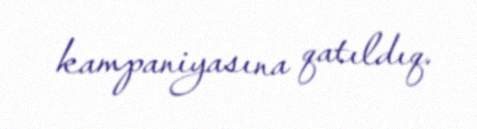
kampaniyasına qatıldıq.